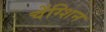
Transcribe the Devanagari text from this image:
चेंग्शिन